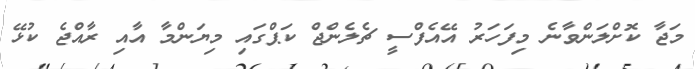
މަޖާ ކޮށްލަންވާނެ މިފަހަރު އޭއެފްސީ ޗެލެންޖް ކަޕްގައި މިޔަންމާ އާއި ރާއްޖެ ކުޅޭ